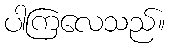
ပါကြလေသည်။